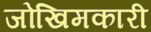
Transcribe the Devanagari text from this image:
जोखिमकारी